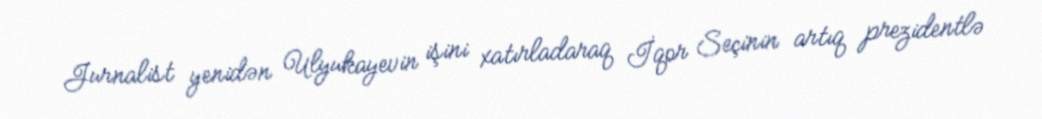
Jurnalist yenidən Ulyukayevin işini xatırladaraq İqor Seçinin artıq prezidentlə